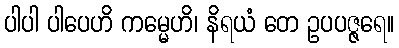
ပါပါ ပါပေဟိ ကမ္မေဟိ၊ နိရယံ တေ ဥပပဇ္ဇရေ။